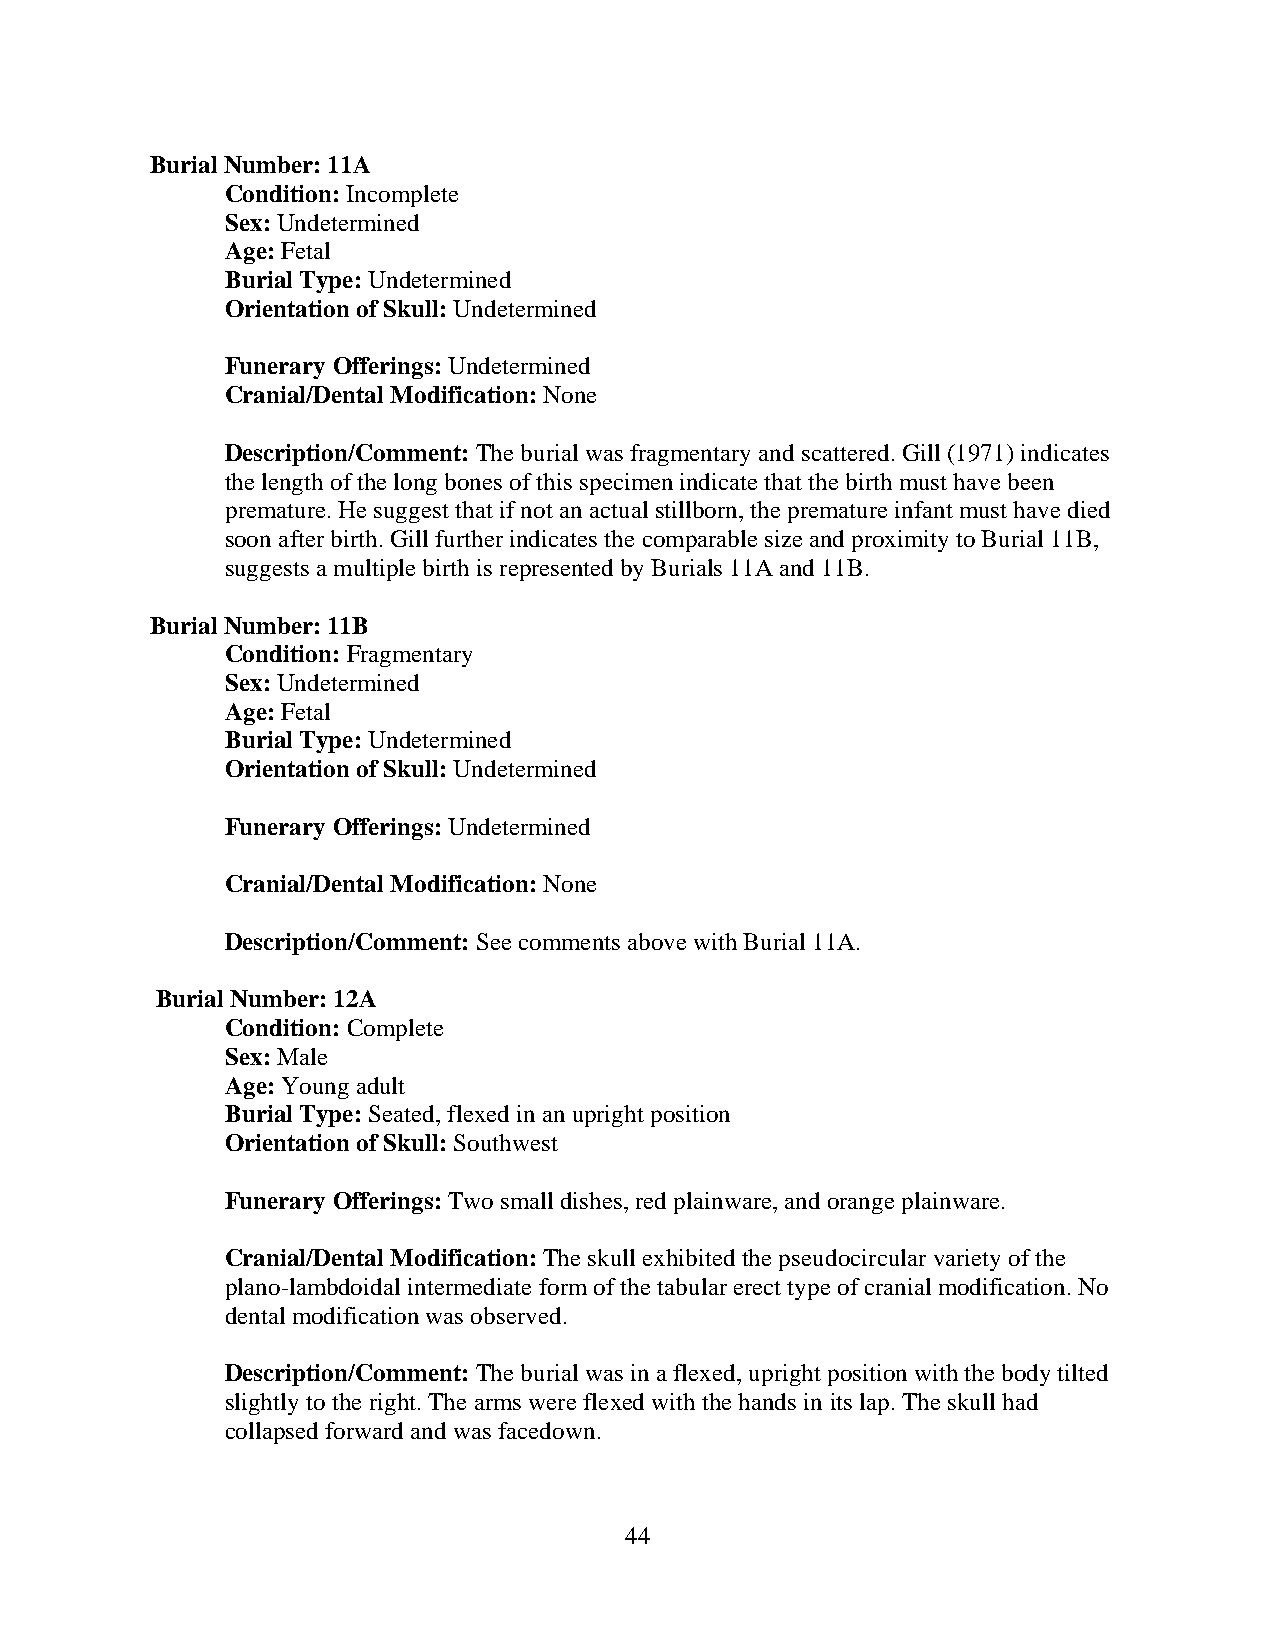
Burial Number: 11A
 Condition: Incomplete
 Sex: Undetermined
 Age: Fetal
 Burial Type: Undetermined
 Orientation of Skull: Undetermined
 Funerary Offerings: Undetermined
 Cranial/Dental Modification: None
 Description/Comment: The burial was fragmentary and scattered. Gill (1971) indicates
 the length of the long bones of this specimen indicate that the birth must have been
 premature. He suggest that if not an actual stillborn, the premature infant must have died
 soon after birth. Gill further indicates the comparable size and proximity to Burial 11B,
 suggests a multiple birth is represented by Burials 11A and 11B.
 Burial Number: 11B
 Condition: Fragmentary
 Sex: Undetermined
 Age: Fetal
 Burial Type: Undetermined
 Orientation of Skull: Undetermined
 Funerary Offerings: Undetermined
 Cranial/Dental Modification: None
 Description/Comment: See comments above with Burial 11A.
 Burial Number: 12A
 Condition: Complete
 Sex: Male
 Age: Young adult
 Burial Type: Seated, flexed in an upright position
 Orientation of Skull: Southwest
 Funerary Offerings: Two small dishes, red plainware, and orange plainware.
 Cranial/Dental Modification: The skull exhibited the pseudocircular variety of the
 plano-lambdoidal intermediate form of the tabular erect type of cranial modification. No
 dental modification was observed.
 Description/Comment: The burial was in a flexed, upright position with the body tilted
 slightly to the right. The arms were flexed with the hands in its lap. The skull had
 collapsed forward and was facedown.
 44